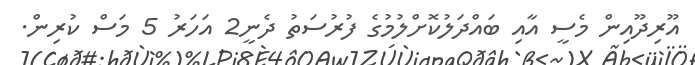
އޫރިދޫއިން މެސީ އާއި ބައްދަލުކޮށްލުމުގެ ފުރުސަތު ދެނީ2 އަހަރު 5 މަސް ކުރިން.